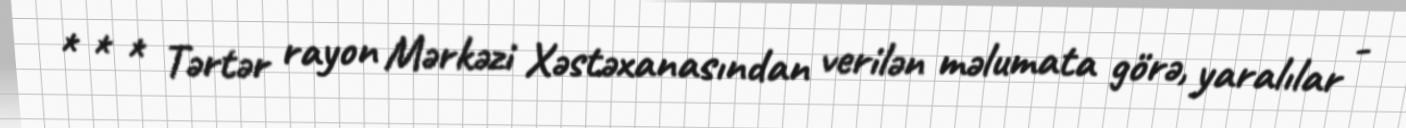
* * * Tərtər rayon Mərkəzi Xəstəxanasından verilən məlumata görə, yaralılar -